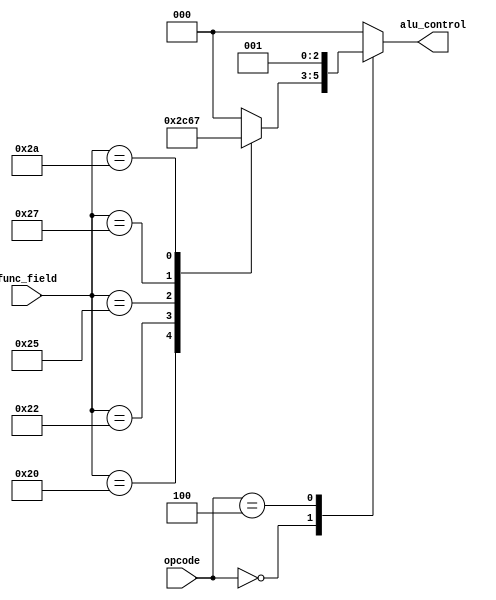
module Alu_Control(
	opcode,
	func_field,
	alu_control
    );
	 
input [5:0] opcode;  // opcode 
input [5:0] func_field;  // function field
output reg [2:0] alu_control;  // ALU control input;
reg [2:0] func_code; // used to signify the ALU operation

always @ (*)
begin
	case (func_field)  //for R-type instructions; other instructions they are don't cares
	/* Desired ALU action*/
	6'h20: func_code = 3'h2;  // add
	6'h22: func_code = 3'h6;  // subtract
	6'h24: func_code = 3'h0;  // AND
	6'h25: func_code = 3'h1;  // OR
	6'h27: func_code = 3'h4;  // NOR
	6'h2A: func_code = 3'h7;  // set on less than (SLT)
	default: func_code = 3'h0; // add when LW or SW since don't cares
	endcase

	case (opcode)
	6'h00: alu_control = func_code;  // for all R-type instruction
	6'h04: alu_control = 3'h1;  // beq 
	6'h23: alu_control = 3'h0;  // lw
	6'h2B: alu_control = 3'h0;  // sw 
	default: alu_control = 3'h0;
	endcase
end
endmodule